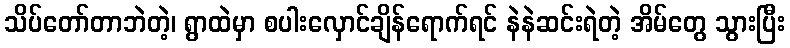
သိပ်တော်တာဘဲတဲ့၊ ရွာထဲမှာ စပါးလှောင်ချိန်ရောက်ရင် နဲနဲဆင်းရဲတဲ့ အိမ်တွေ သွားပြီး